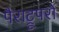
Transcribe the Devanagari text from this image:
पैराट्रूपरों